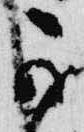
可